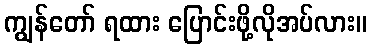
ကျွန်တော် ရထား ပြောင်းဖို့လိုအပ်လား။